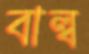
বাল্ব